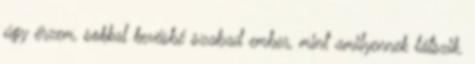
úgy érzem, sokkal kevésbé szabad ember, mint amilyennek látszik.